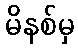
မိနစ်မှ